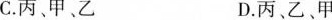
C.丙、甲、乙 D.丙、乙、甲